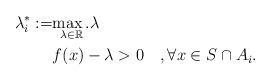
LaTeX: \begin{align*} \lambda_{i}^*:=&\underset{\lambda\in\mathbb{R}}{\max.} \lambda\\ & f(x)-\lambda > 0 \quad, \forall x\in S \cap A_i. \end{align*}